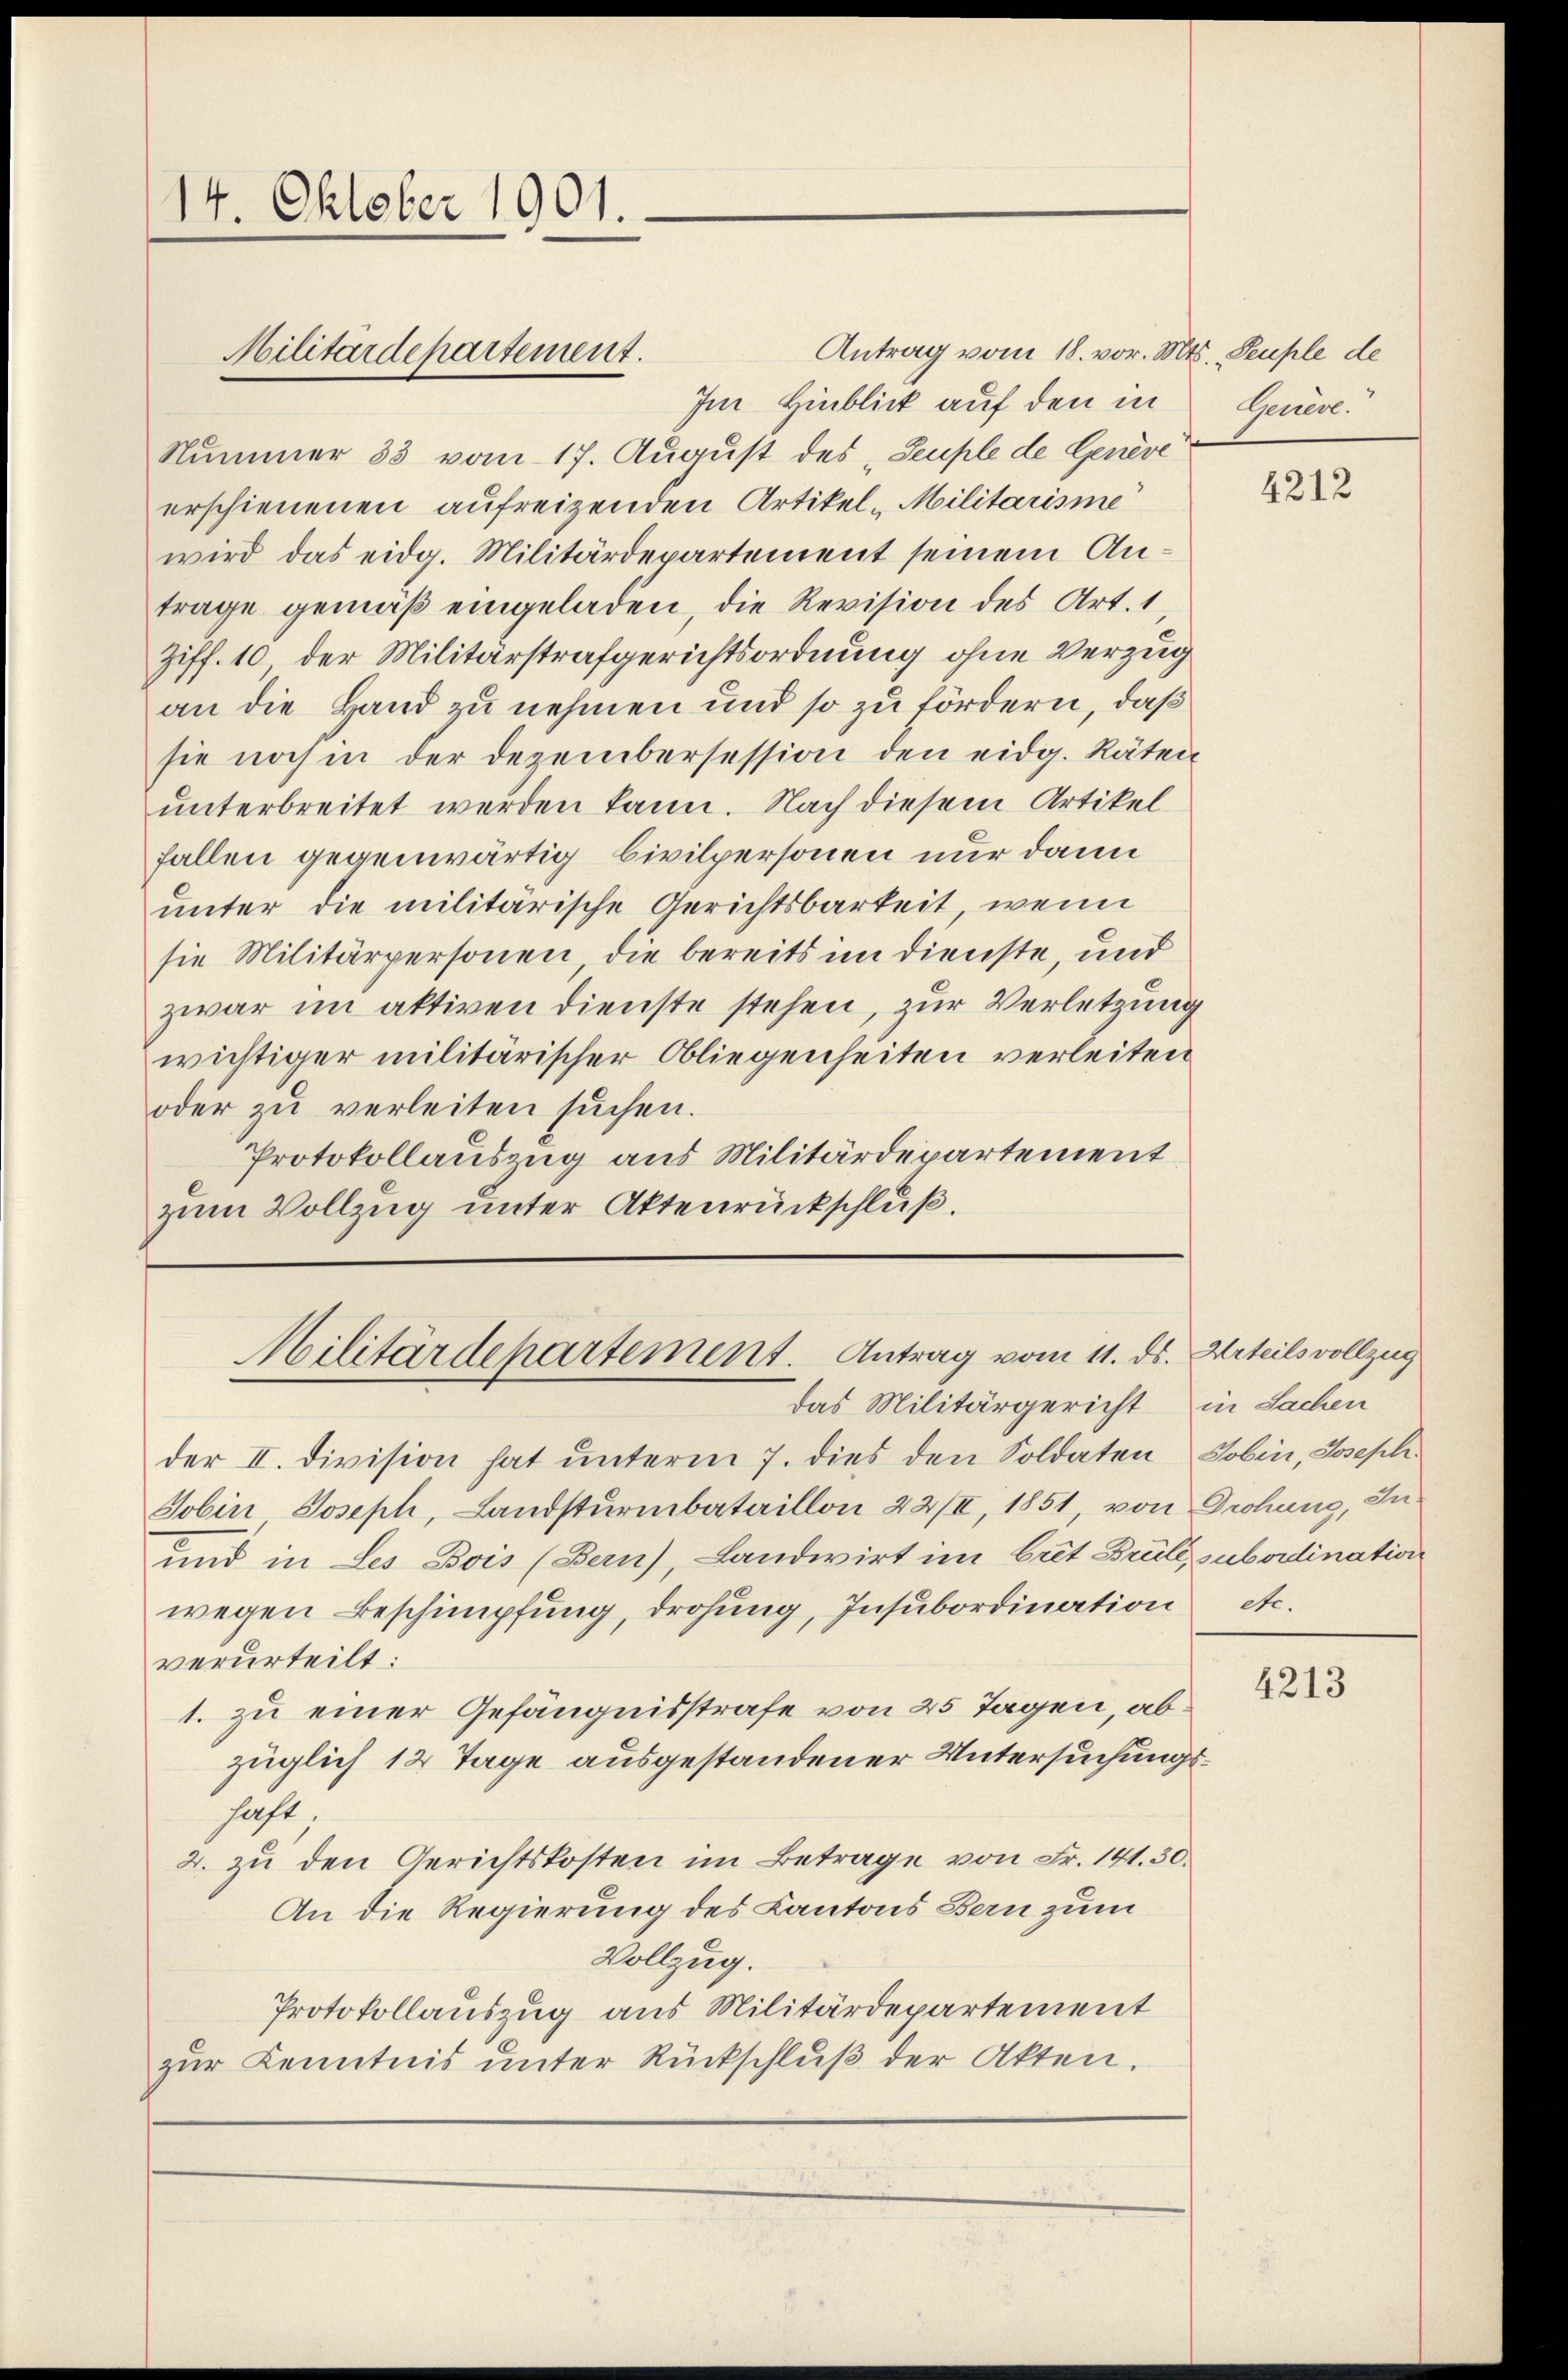
14. Oktober 1901.
Militärdepartement.

Antrag vom 18. vor. Mts. Peuple de
Im Hinblick auf den in
Nummer 33 vom 17. August des „Seuple de Genève
erschienenen aufreizenden Artikel-Militarisie
wird das eidg. Militärdepartement seinem Antrage gemäß eingeladen, die Revision des Art. 1
Ziff. 10 der Militärstrafgerichtsordnung ohne Verzug
an die Hand zu nehmen und so zu fördern, daß
sie noch in der Dezembersession den eidg. Räten
unterbreitet werden kann. Nach diesem Artikel
fallen gegenwärtig, Civilpersonen nur dann
unter die militärische Gerichtsbarkeit, wenn
sie Militärpersonen, die bereits im Dienste, und
zwar im aktiven dienste stehen, zur Verletzung
wichtiger militärischer Obliegenheiten verleiten
oder zu verleiten suchen.
Protokollauszug aus Militärdepartement
zum Vollzug unter Aktenrückschluß.

Militärdepartement. Antrag vom 11. ds.

das Militärgericht in Sachen

Gerrede.

der II. Division hat unterm 7. dies den Soldaten Jobin, Joseph
Jobin Joseph, Landsturmbataillon 22/II, 1851, von Drohung, In-
und in Les Bois (Bern), Landwirt im brit Brulé, subordination
wegen Beschimpfung, drohung, Insubordination
verurteilt:
1. zu einer Gefängnisstrafe von 25 Tagen, abzüglich 12 Tage ausgestandener Untersuchungsaht,
2. zu den Gerichtskosten im Betrage von Fr. 141. 30.
An die Regierung des Kantons Bern zum
Vollzug.
Protokollauszug aus Militärdepartement
zur Kenntnis unter Rückschluß der Akten.

4212

Urteils vollzug
etc.

4213